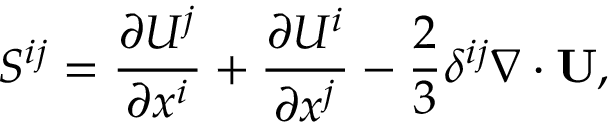
{ \cal { S } } ^ { i j } = \frac { \partial U ^ { j } } { \partial x ^ { i } } + \frac { \partial U ^ { i } } { \partial x ^ { j } } - \frac { 2 } { 3 } \delta ^ { i j } \nabla \cdot { \bf { U } } ,